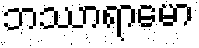
ဘဿာရာမော